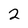
Character: 2